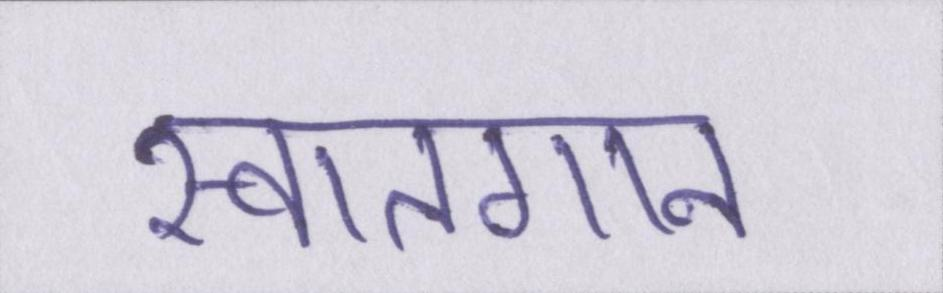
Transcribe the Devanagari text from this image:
स्वातगान